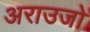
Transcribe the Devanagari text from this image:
अराउजो